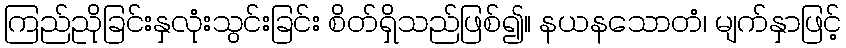
ကြည်ညိုခြင်းနှလုံးသွင်းခြင်း စိတ်ရှိသည်ဖြစ်၍။ နယနသောတံ၊ မျက်နှာဖြင့်